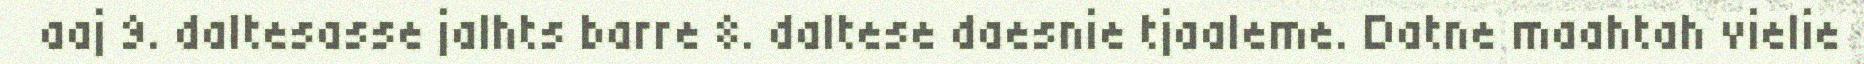
aaj 9. daltesasse jalhts barre 8. daltese daesnie tjaaleme. Datne maahtah vielie